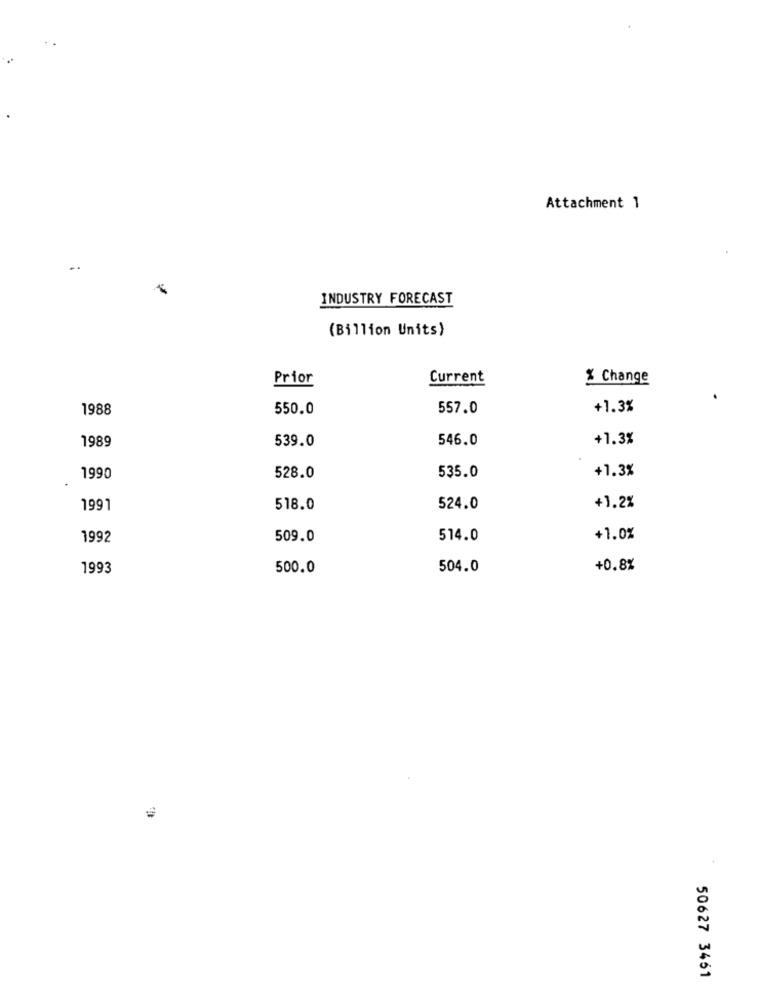
Attachment 1
..
INDUSTRY FORECAST
(Billion Units)
Prior
Current
% Change
1988
550.0
557.0
+1.3%
539.0
546.0
+1.3%
1989
+1.3%
1990
528.0
535.0
1991
518.0
524.0
+1.2%
1992
509.0
514.0
+1.0%
1993
500.0
504.0
+0.8%
50627 3451